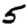
Digit: 5